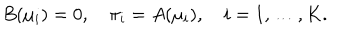
LaTeX: B ( \mu _ { i } ) = 0 , \quad \pi _ { i } = A ( \mu _ { i } ) , \quad i = 1 , \ldots , K .